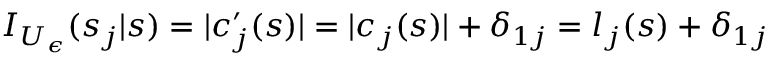
I _ { U _ { \epsilon } } ( s _ { j } | s ) = | c _ { j } ^ { \prime } ( s ) | = | c _ { j } ( s ) | + \delta _ { 1 j } = l _ { j } ( s ) + \delta _ { 1 j }